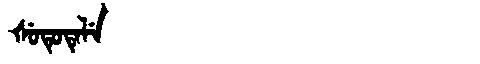
Manchu: ᡧᡠᡨᡠᡨᡝᠯᡝ
Romanization: ŠUTUTELE